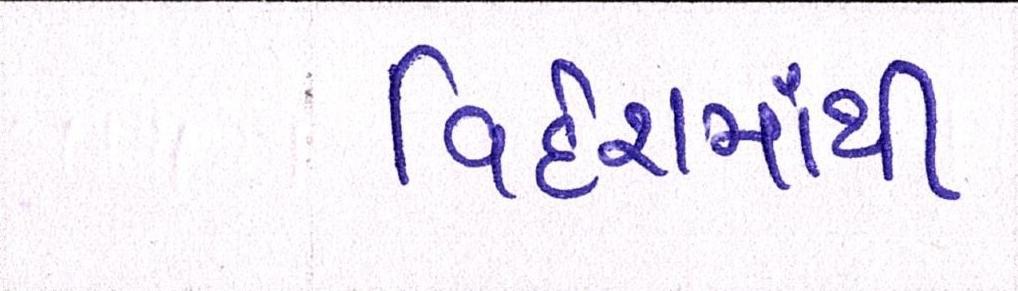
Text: વિદેશમાંથી